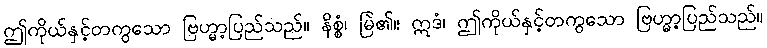
ဤကိုယ်နှင့်တကွသော ဗြဟ္မာ့ပြည်သည်။ နိစ္စံ၊ မြဲ၏။ ဣဒံ၊ ဤကိုယ်နှင့်တကွသော ဗြဟ္မာ့ပြည်သည်။